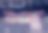
শ